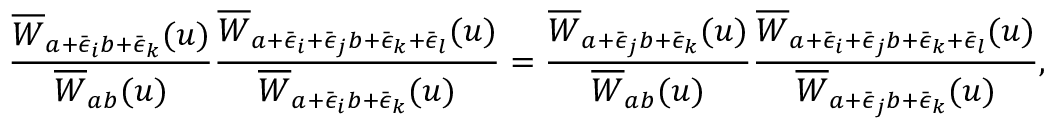
\frac { \overline { { { W } } } _ { a + \bar { \epsilon } _ { i } b + \bar { \epsilon } _ { k } } ( u ) } { \overline { { { W } } } _ { a b } ( u ) } \frac { \overline { { { W } } } _ { a + \bar { \epsilon } _ { i } + \bar { \epsilon } _ { j } b + \bar { \epsilon } _ { k } + \bar { \epsilon } _ { l } } ( u ) } { \overline { { { W } } } _ { a + \bar { \epsilon } _ { i } b + \bar { \epsilon } _ { k } } ( u ) } = \frac { \overline { { { W } } } _ { a + \bar { \epsilon } _ { j } b + \bar { \epsilon } _ { k } } ( u ) } { \overline { { { W } } } _ { a b } ( u ) } \frac { \overline { { { W } } } _ { a + \bar { \epsilon } _ { i } + \bar { \epsilon } _ { j } b + \bar { \epsilon } _ { k } + \bar { \epsilon } _ { l } } ( u ) } { \overline { { { W } } } _ { a + \bar { \epsilon } _ { j } b + \bar { \epsilon } _ { k } } ( u ) } ,